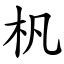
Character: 杋